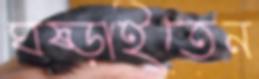
ঘষ্‌ড়াইতেন